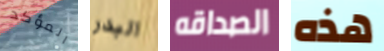
المؤكد البدر الصداقه هذه